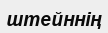
штейннің